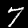
Label: 7